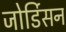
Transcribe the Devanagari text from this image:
जोर्डिसन